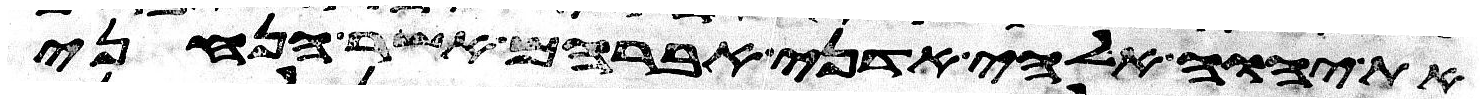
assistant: את יהוה אלהי אדני אברהם אשר הנחני